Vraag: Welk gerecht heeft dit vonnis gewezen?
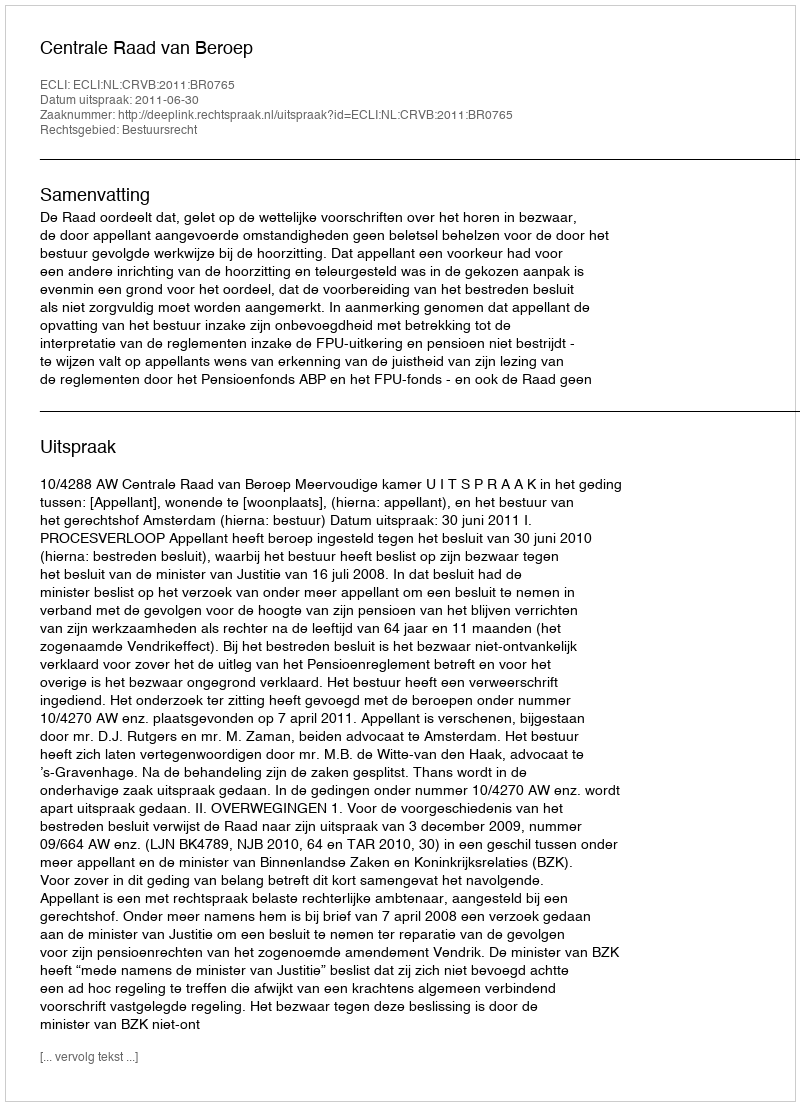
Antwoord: Centrale Raad van Beroep